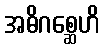
အဓိဂစ္ဆေဟိ